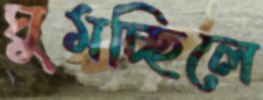
ঘুমচ্ছিলে